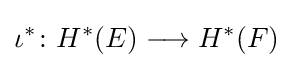
\iota ^{*}\colon H^{*}(E)\longrightarrow H^{*}(F)